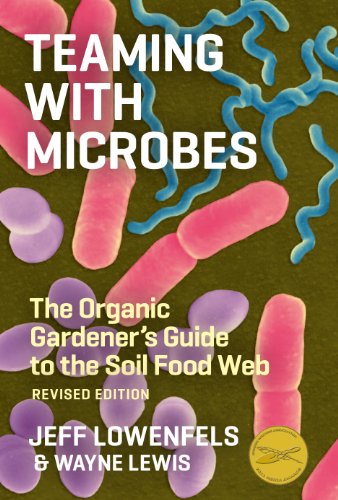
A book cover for Teaming with Microbes: The Organic Gardener's Guide to the Soil Food Web, Revised Edition; Jeff Lowenfels; Crafts, Hobbies & Home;